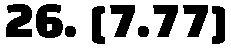
26. [7.77]